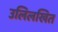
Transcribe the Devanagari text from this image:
उलिलखित